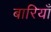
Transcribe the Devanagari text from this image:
बारियाँ